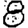
Digit: 8